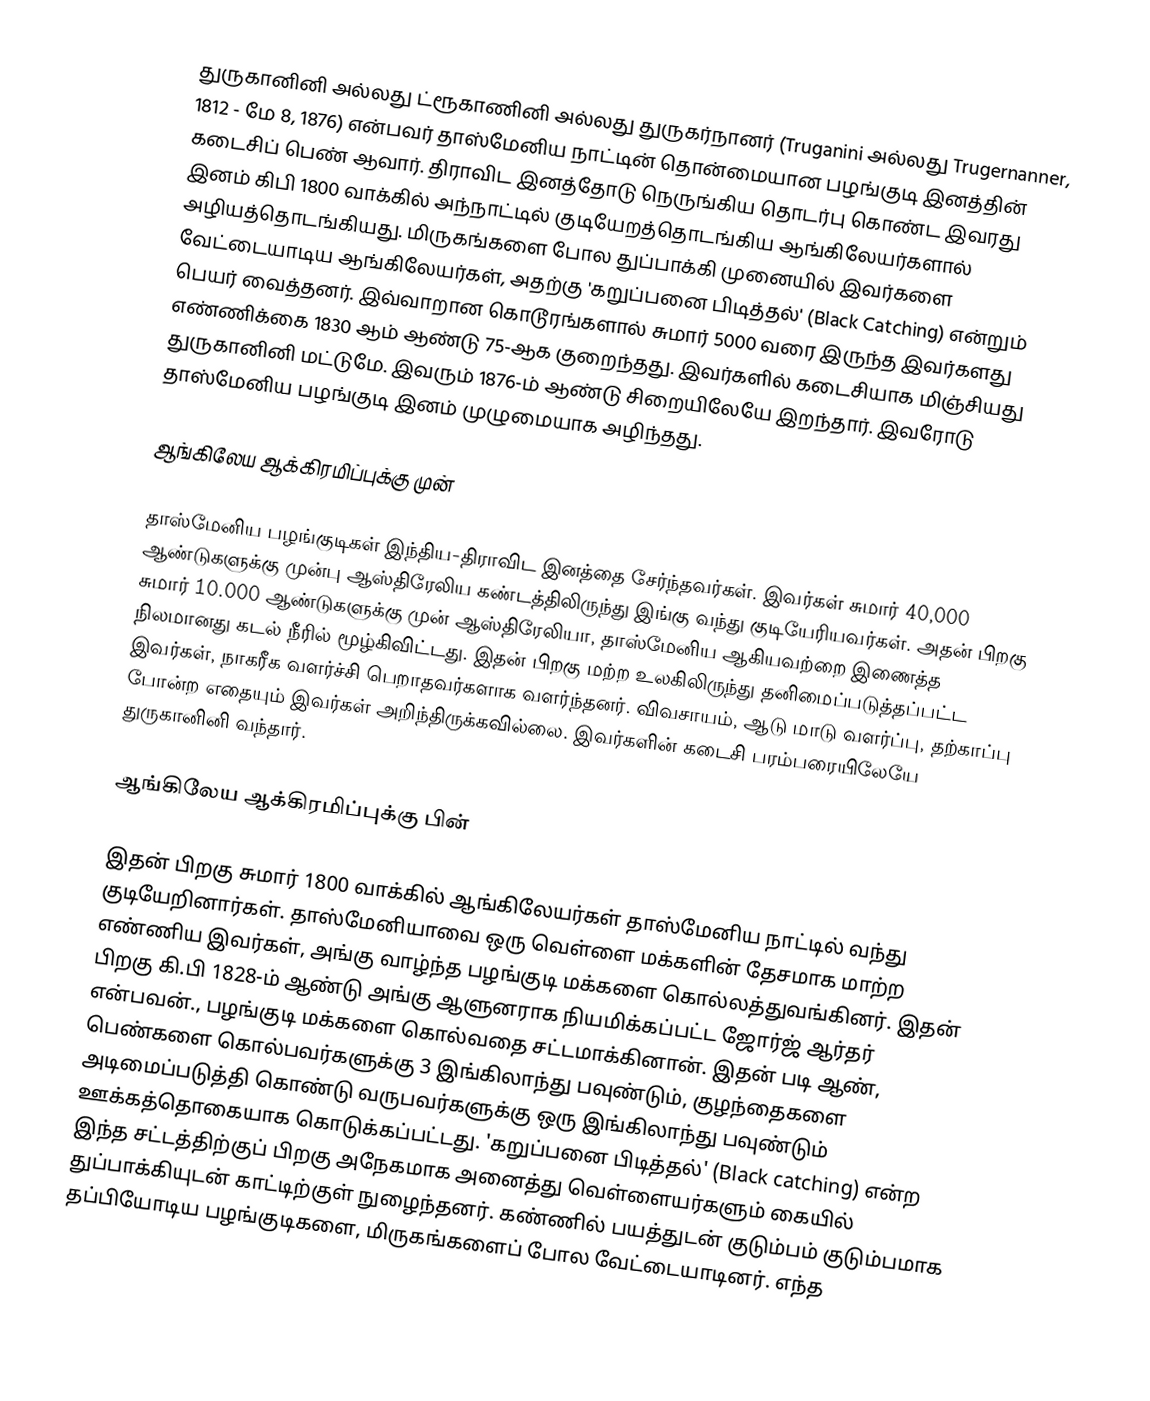
துருகானினி அல்லது ட்ரூகாணினி அல்லது துருகர்நானர் (Truganini அல்லது Trugernanner, 1812 - மே 8, 1876) என்பவர் தாஸ்மேனிய நாட்டின் தொன்மையான பழங்குடி இனத்தின் கடைசிப் பெண் ஆவார். திராவிட இனத்தோடு நெருங்கிய தொடர்பு கொண்ட இவரது இனம் கிபி 1800 வாக்கில் அந்நாட்டில் குடியேறத்தொடங்கிய ஆங்கிலேயர்களால் அழியத்தொடங்கியது. மிருகங்களை போல துப்பாக்கி முனையில் இவர்களை வேட்டையாடிய ஆங்கிலேயர்கள், அதற்கு 'கறுப்பனை பிடித்தல்' (Black Catching) என்றும் பெயர் வைத்தனர். இவ்வாறான கொடூரங்களால் சுமார் 5000 வரை இருந்த இவர்களது எண்ணிக்கை 1830 ஆம் ஆண்டு 75-ஆக குறைந்தது. இவர்களில் கடைசியாக மிஞ்சியது துருகானினி மட்டுமே. இவரும் 1876-ம் ஆண்டு சிறையிலேயே இறந்தார். இவரோடு தாஸ்மேனிய பழங்குடி இனம் முழுமையாக அழிந்தது.

ஆங்கிலேய ஆக்கிரமிப்புக்கு முன்

தாஸ்மேனிய பழங்குடிகள் இந்திய-திராவிட இனத்தை சேர்ந்தவர்கள். இவர்கள் சுமார் 40,000 ஆண்டுகளுக்கு முன்பு ஆஸ்திரேலிய கண்டத்திலிருந்து இங்கு வந்து குடியேரியவர்கள். அதன் பிறகு சுமார் 10.000 ஆண்டுகளுக்கு முன் ஆஸ்திரேலியா, தாஸ்மேனிய ஆகியவற்றை இணைத்த நிலமானது கடல் நீரில் மூழ்கிவிட்டது. இதன் பிறகு மற்ற உலகிலிருந்து தனிமைப்படுத்தப்பட்ட இவர்கள், நாகரீக வளர்ச்சி பெறாதவர்களாக வளர்ந்தனர். விவசாயம், ஆடு மாடு வளர்ப்பு, தற்காப்பு போன்ற எதையும் இவர்கள் அறிந்திருக்கவில்லை. இவர்களின் கடைசி பரம்பரையிலேயே துருகானினி வந்தார்.

ஆங்கிலேய ஆக்கிரமிப்புக்கு பின்

இதன் பிறகு சுமார் 1800 வாக்கில் ஆங்கிலேயர்கள் தாஸ்மேனிய நாட்டில் வந்து குடியேறினார்கள். தாஸ்மேனியாவை ஒரு வெள்ளை மக்களின் தேசமாக மாற்ற எண்ணிய இவர்கள், அங்கு வாழ்ந்த பழங்குடி மக்களை கொல்லத்துவங்கினர். இதன் பிறகு கி.பி 1828-ம் ஆண்டு அங்கு ஆளுனராக நியமிக்கப்பட்ட ஜோர்ஜ் ஆர்தர் என்பவன்., பழங்குடி மக்களை கொல்வதை சட்டமாக்கினான். இதன் படி ஆண், பெண்களை கொல்பவர்களுக்கு 3 இங்கிலாந்து பவுண்டும், குழந்தைகளை அடிமைப்படுத்தி கொண்டு வருபவர்களுக்கு ஒரு இங்கிலாந்து பவுண்டும் ஊக்கத்தொகையாக கொடுக்கப்பட்டது. 'கறுப்பனை பிடித்தல்' (Black catching) என்ற இந்த சட்டத்திற்குப் பிறகு அநேகமாக அனைத்து வெள்ளையர்களும் கையில் துப்பாக்கியுடன் காட்டிற்குள் நுழைந்தனர். கண்ணில் பயத்துடன் குடும்பம் குடும்பமாக தப்பியோடிய பழங்குடிகளை, மிருகங்களைப் போல வேட்டையாடினர். எந்த